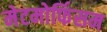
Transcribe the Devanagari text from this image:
मेटमोर्फिसम